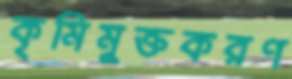
কৃমিমুক্তকরণ